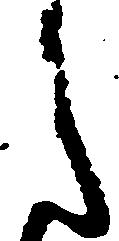
之